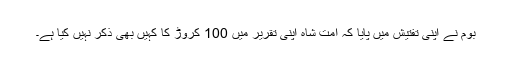
بوم نے اپنی تفتیش میں پایا کہ امت شاہ اپنی تقریر میں 100 کروڑ کا کہیں بھی ذکر نہیں کیا ہے۔